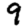
Digit: 9